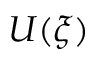
U ( \xi )